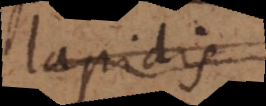
lapidis,